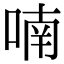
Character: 喃